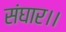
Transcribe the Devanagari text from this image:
संघार।।